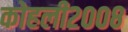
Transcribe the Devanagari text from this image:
कोहली२००८